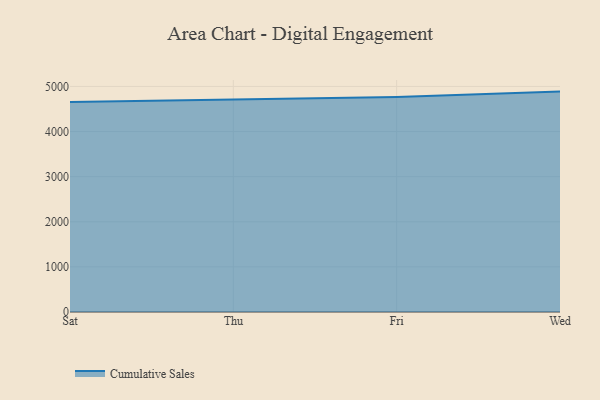
{"axis": {"x": "Day", "y": "Temperature (°C)"}, "legend": ["Cumulative Sales"], "data": [{"x": "Sat", "y": 4656.0, "type": "Cumulative Sales"}, {"x": "Thu", "y": 4710.3, "type": "Cumulative Sales"}, {"x": "Fri", "y": 4763.1, "type": "Cumulative Sales"}, {"x": "Wed", "y": 4885.4, "type": "Cumulative Sales"}]}